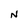
Character: N